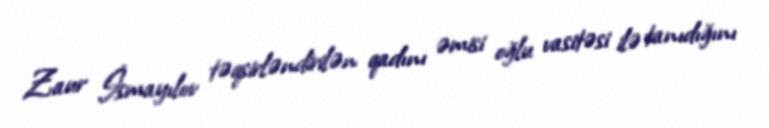
Zaur İsmayılov təqsirləndirilən qadını əmisi oğlu vasitəsi ilə tanıdığını